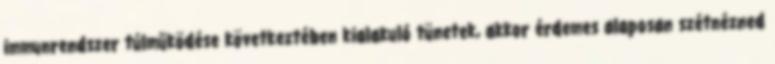
immunrendszer túlműködése következtében kialakuló tünetek, akkor érdemes alaposan szétnézned